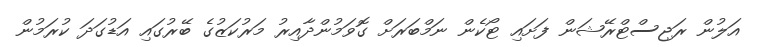
އަލުން ރަޖިސްޓްރޭޝަން ފަށައި ޓޯކެން ނަމްބަރަށް ގޮވަމުންދާއިރު މަރުކަޒުގެ ބޭރުގައި އަޑުގަދަ ކުރަމުން